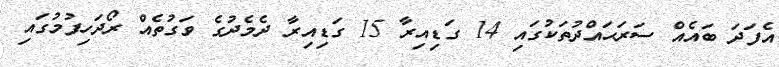
އެފަދަ ބައެއް ސަރަޙައްދުތަކުގައި 14 ގަޑިއިރާ 15 ގަޑިއިރާ ދެމެދުގެ ވަގުތެއް ރޯދަހިފުމުގައި